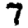
Digit: 7